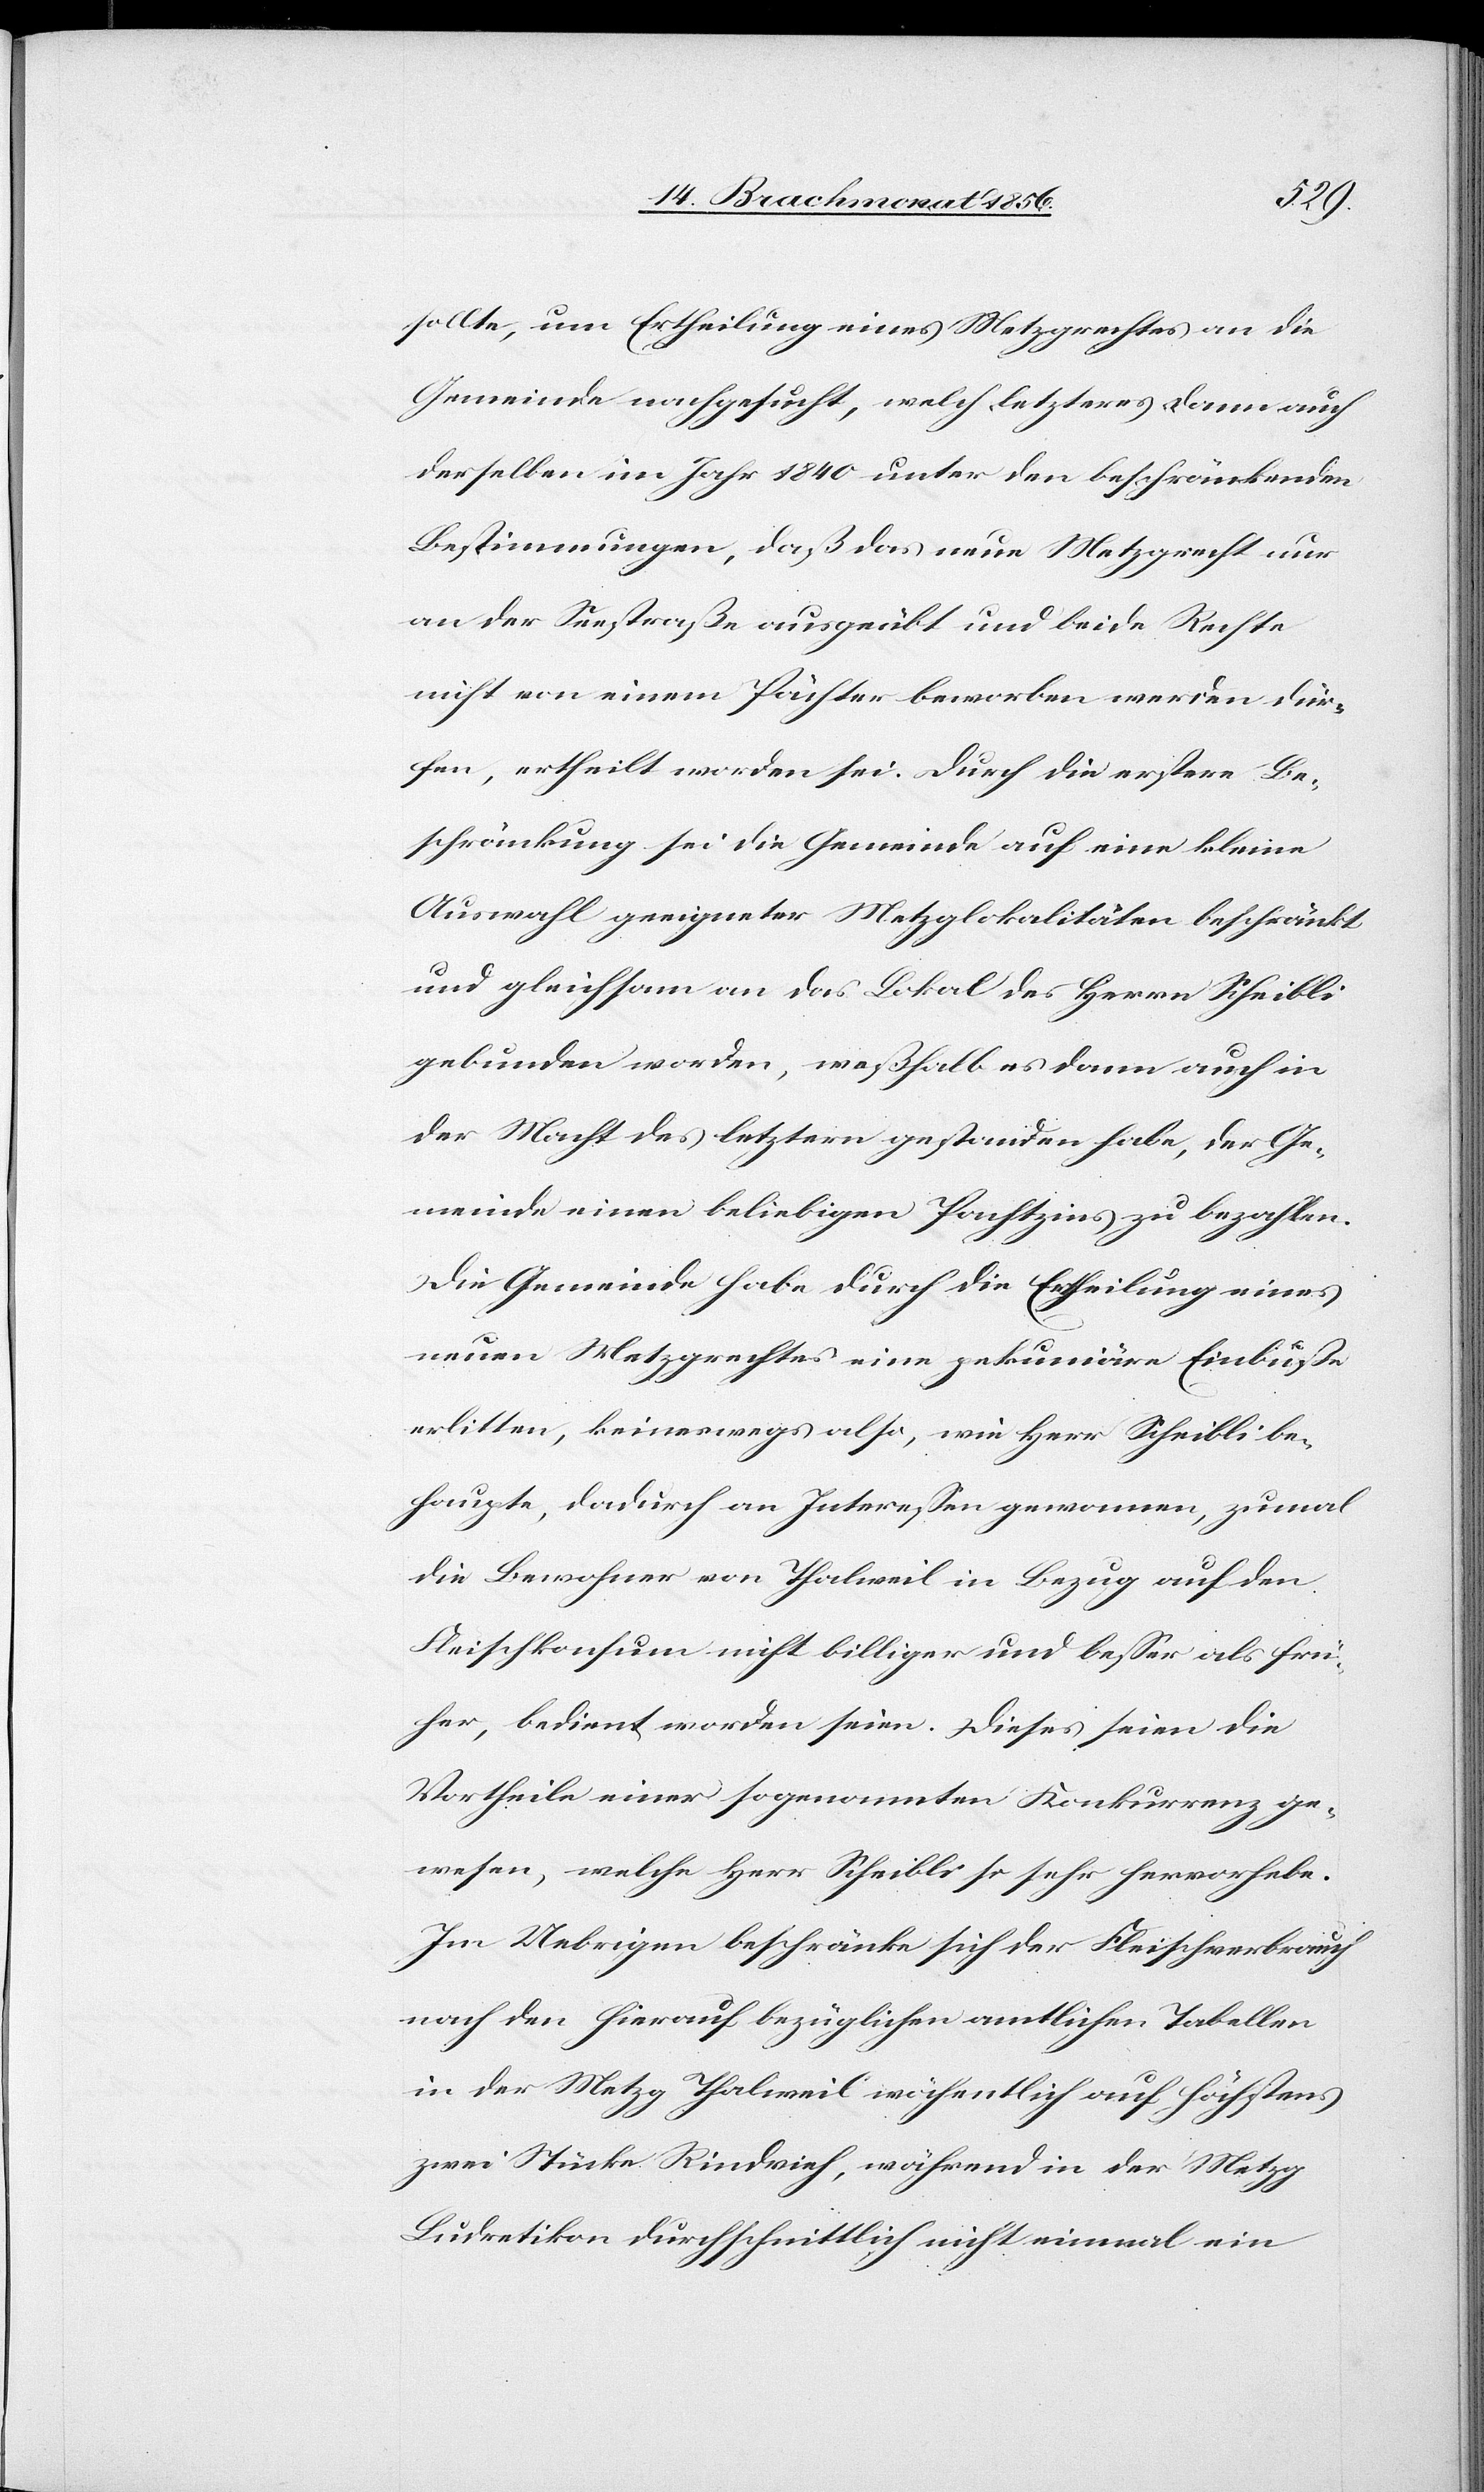
sollte, um Ertheilung eines Metzgrechtes an die
Gemeinde nachgesucht, welch letzteres dann auch
derselben im Jahr 1840 unter den beschränkenden
Bestimmungen, daß das neue Metzgrecht nur
an der Seestraße ausgeübt und beide Rechte
nicht von einem Pächter beworben werden dür¬
fen, ertheilt worden sei. Durch die erstere Be¬
schränkung sei die Gemeinde auf eine kleine
Auswahl geeigneter Metzglokalitäten beschränkt
und gleichsam an das Lokal des Herrn Scheibli
gebunden worden, weßhalb es dann auch in
der Macht des letztern gestanden habe, der Ge¬
meinde einen beliebigen Pachtzins zu bezahlen.
Die Gemeinde habe durch die Ertheilung eines
neuen Metzgrechtes eine pekuniäre Einbuße
erlitten, keineswegs also, wie Herr Scheibli be¬
haupte, dadurch an Interessen gewonnen, zumal
die Bewohner von Thalweil in Bezug auf den
Fleischkonsum nicht billiger und besser als frü¬
her, bedient worden seien. Dieses seien die
Vortheile einer sogenannten Konkurrenz ge¬
wesen, welche Herr Scheibli so sehr hervorhebe.
Im Uebrigen beschränke sich der Fleischverbrauch
nach den hierauf bezüglichen amtlichen Tabellen
in der Metzg Thalweil wöchentlich auf höchstens
zwei Stücke Rindvieh, während in der Metzg
Ludretikon durchschnittlich nicht einmal ein